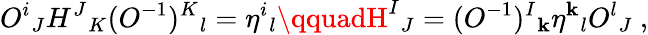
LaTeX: O^{i}{}_{J}H^{J}{}_{K}(O^{-1})^{K}{}_{l}=\eta^{i}{}_{l}\qquadH^{I}{}_{J}=(O^{-1})^{I}{}_{\mathbf{k}}\eta^{\mathbf{k}}{}_{l}O^{l}{}_{J}\ ,